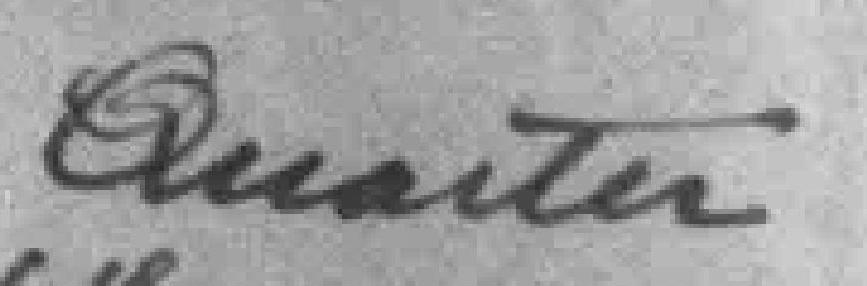
Quarter